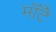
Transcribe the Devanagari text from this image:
मॉँटे